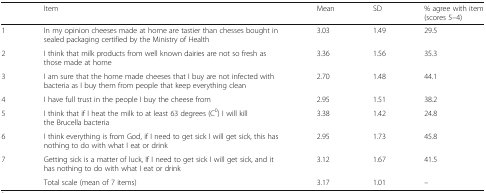
|  | Item | Mean | SD | % agree with item (scores 5–4) |
 | --- | --- | --- | --- | --- |
 | 1 | In my opinion cheeses made at home are tastier than chesses bought in sealed packaging certified by the Ministry of Health | 3.03 | 1.49 | 29.5 |
 | 2 | I think that milk products from well known dairies are not so fresh as those made at home | 3.36 | 1.56 | 35.3 |
 | 3 | I am sure that the home made cheeses that I buy are not infected with bacteria as I buy them from people that keep everything clean | 2.70 | 1.48 | 44.1 |
 | 4 | I have full trust in the people I buy the cheese from | 2.95 | 1.51 | 38.2 |
 | 5 | I think that if I heat the milk to at least 63 degrees (C0) I will kill the Brucella bacteria | 3.38 | 1.42 | 24.8 |
 | 6 | I think everything is from God, if I need to get sick I will get sick, this has nothing to do with what I eat or drink | 2.95 | 1.73 | 45.8 |
 | 7 | Getting sick is a matter of luck, If I need to get sick I will get sick, and it has nothing to do with what I eat or drink | 3.12 | 1.67 | 41.5 |
 |  | Total scale (mean of 7 items) | 3.17 | 1.01 | – |